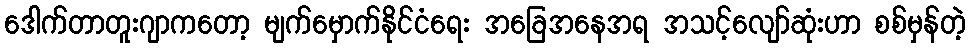
ဒေါက်တာတူးဂျာကတော့ မျက်မှောက်နိုင်ငံရေး အခြေအနေအရ အသင့်လျော်ဆုံးဟာ စစ်မှန်တဲ့